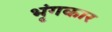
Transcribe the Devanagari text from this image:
भृंगकार